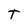
Character: T